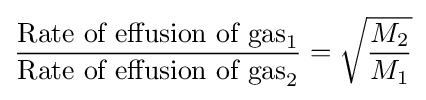
{{\mbox{Rate of effusion of gas}}_{1} \over {\mbox{Rate of effusion of gas}}_{2}}={\sqrt {M_{2} \over M_{1}}}